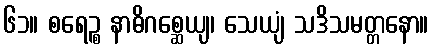
၆၁။ စရေဉ္စ နာဓိဂစ္ဆေယျ၊ သေယျံ သဒိသမတ္တနော။